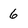
Character: 6